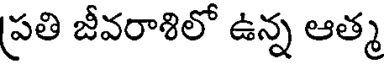
ప్రతి జీవరాశిలో ఉన్న ఆత్మ